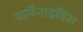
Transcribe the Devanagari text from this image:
पार्मेनाइडिस